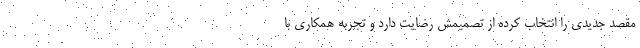
مقصد جدیدی را انتخاب کرده از تصمیمش رضایت دارد و تجربه همکاری با